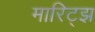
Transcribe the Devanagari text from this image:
मारिट्झ